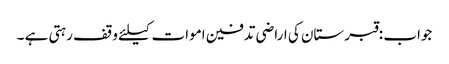
جواب :قبرستان کی اراضی تدفین اموات کیلئے وقف رہتی ہے ۔